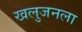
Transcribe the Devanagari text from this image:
खलुजनला